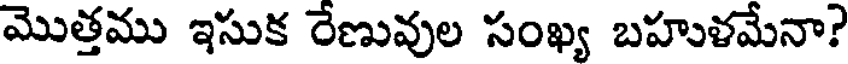
మొత్తము ఇసుక రేణువుల సంఖ్య బహుళమేనా?